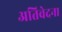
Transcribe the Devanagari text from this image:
अतिवेदना